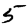
Digit: 5